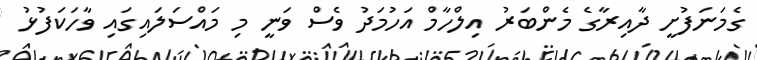
ގެމަނަފުށީ ދާއިރާގެ މެންބަރު އިލްހާމް އަހުމަދު ވެސް ވަނީ މި މައްސަލައިގައި ވާހަކަފުޅު